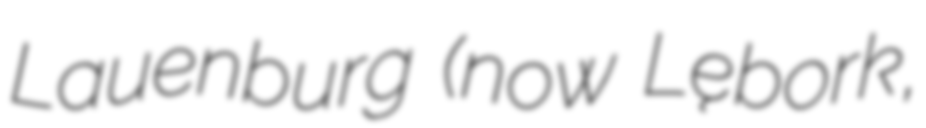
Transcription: Lauenburg (now Lębork,